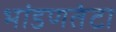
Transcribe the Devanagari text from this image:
भांडणतंटा